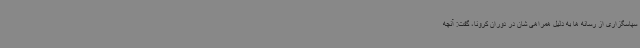
سپاسگزاری از رسانه ها به دلیل همراهی شان در دوران کرونا، گفت: آنچه